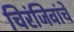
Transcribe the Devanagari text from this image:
चिरंजिवांचे